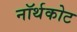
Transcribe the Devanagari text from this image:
नॉर्थकोट